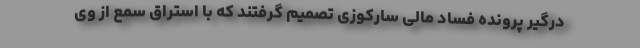
درگیر پرونده فساد مالی سارکوزی تصمیم گرفتند که با استراق سمع از وی